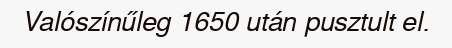
Valószínűleg 1650 után pusztult el.